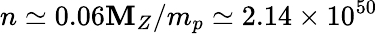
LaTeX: n\simeq0.06\mathbf{M}_{Z}/m_{p}\simeq2.14\times10^{50}